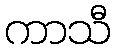
ကာသီ